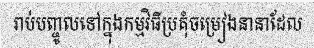
រាប់បញ្ចូលទៅក្នុងកម្មវិធីប្រគុំចម្រៀងនានាដែល